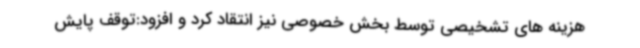
هزینه های تشخیصی توسط بخش خصوصی نیز انتقاد کرد و افزود:توقف پایش